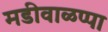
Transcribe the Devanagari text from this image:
मडीवाळप्पा